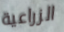
الزراعية